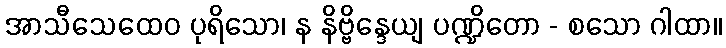
အာသီသေထေဝ ပုရိသော၊ န နိဗ္ဗိန္ဒေယျ ပဏ္ဍိတော - စသော ဂါထာ။